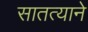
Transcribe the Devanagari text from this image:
सातत्‍याने